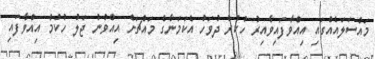
މައްސަލައެއްގައި އިއްވާފައިވާއިރު ހުކުރު ދުވަހު އެކަމަނާގެ މައްޗަށް އިއްވުނު ޖަލު ހުކުމް އިއްވާފައި